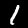
Label: 1